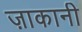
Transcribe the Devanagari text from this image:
ज़ाकानी